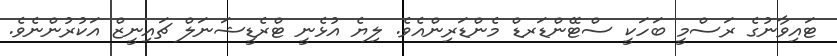
ޓައިވާނުގެ ރަސްމީ ބަހަކީ ސްޓޭންޑަރޑް މެންޑަރިންއެވެ. ލިޔެ އުޅެނީ ޓްރެޑީޝަނަލް ޗައިނީޒް އަކުރުންނެވެ.